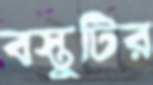
বস্তুটির